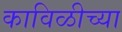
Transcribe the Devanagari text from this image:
काविळीच्या